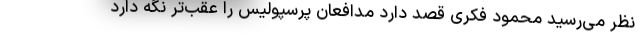
نظر می‌رسید محمود فکری قصد دارد مدافعان پرسپولیس را عقب‌تر نگه دارد